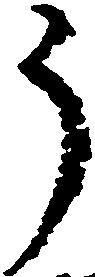
う